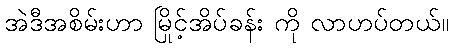
အဲဒီအစိမ်းဟာ မြိုင့်အိပ်ခန်း ကို လာဟပ်တယ်။